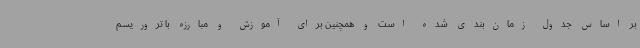
بر اساس جدول زمان‌بندی شده است و همچنین برای آموزش و مبارزه با تروریسم